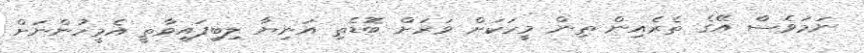
ނަމަވެސް އޭގެ ތެރެއިން ތިން މީހަކަށް ވަރަށް ބޮޑެތި އަނިޔާ ލިބިފައިވާތީ އެމީހުންނަށް